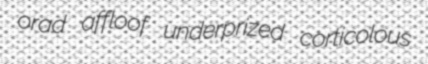
orad affloof underprized corticolous